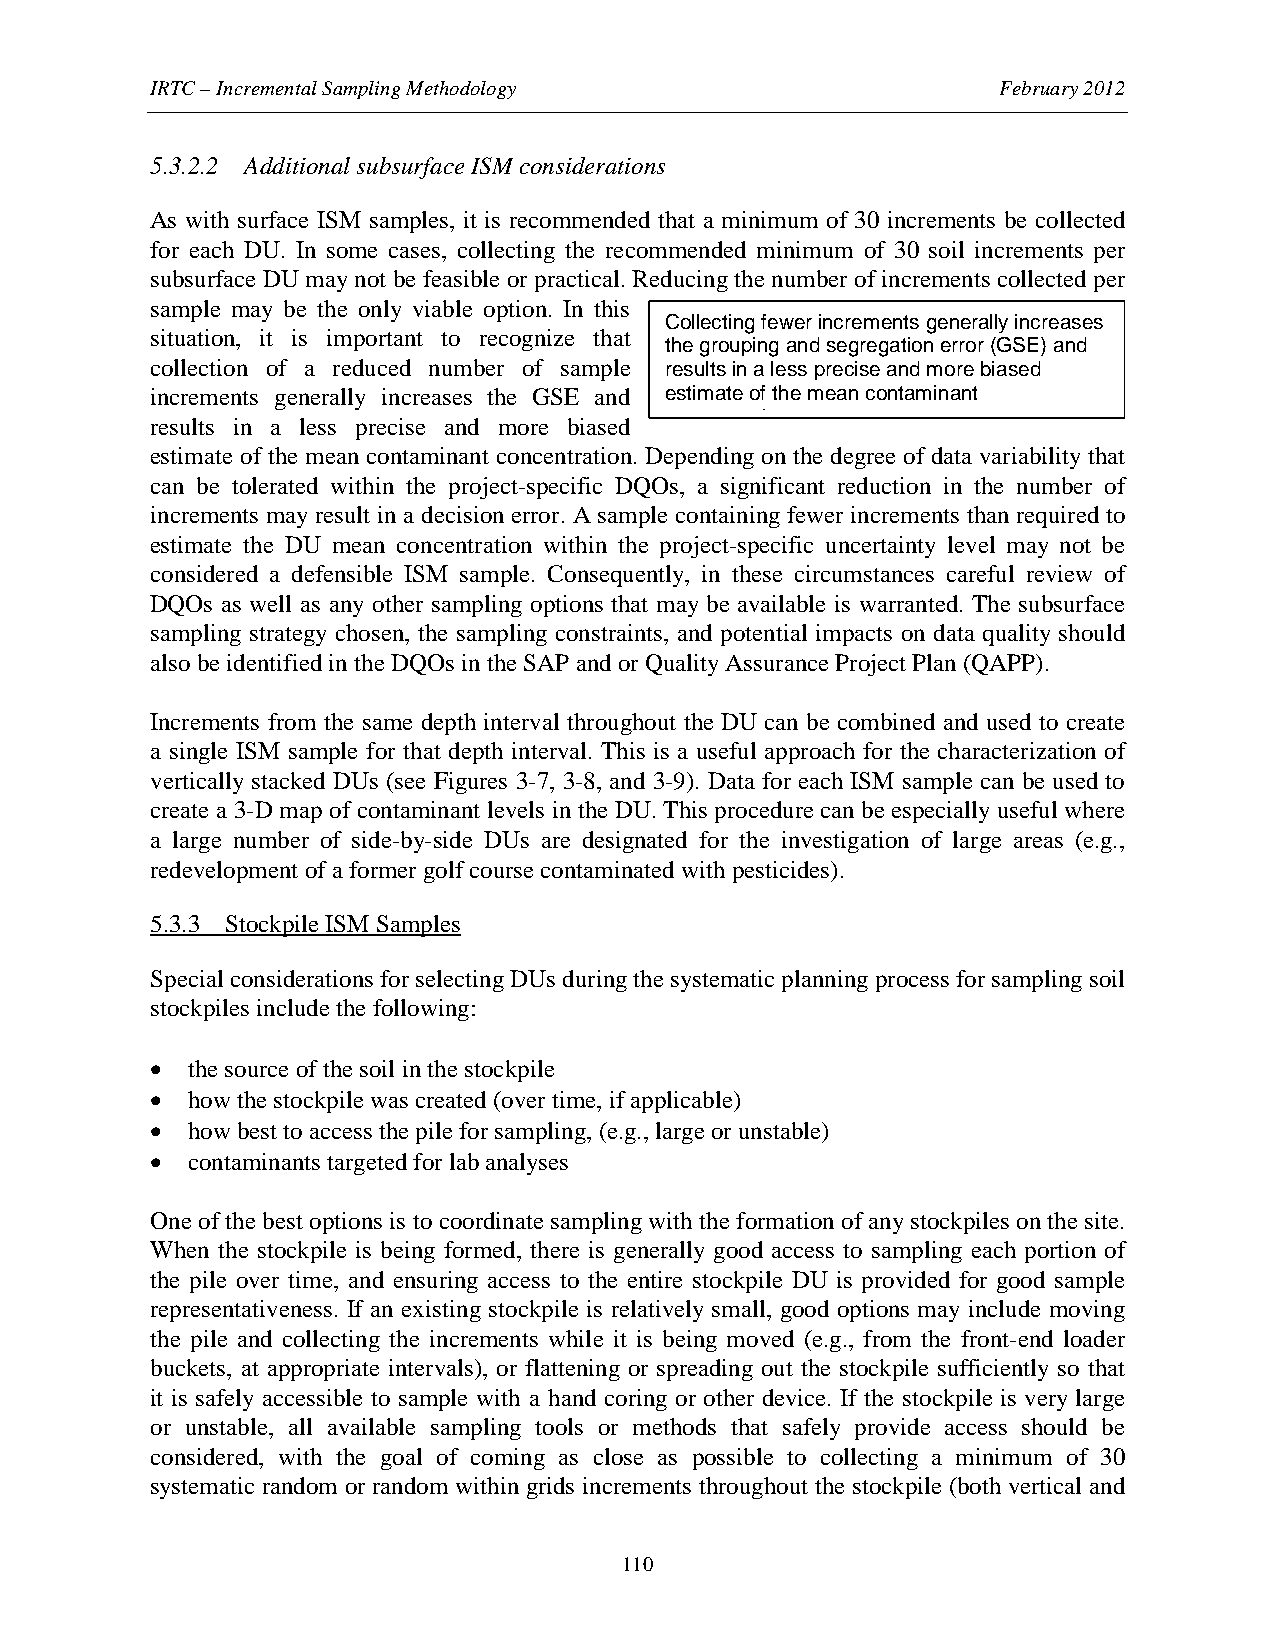
IRTC – Incremental Sampling Methodology                 February 2012
 5.3.2.2 Additional subsurface ISM considerations
 As with surface ISM samples, it is recommended that a minimum of 30 increments be collected
 for each DU. In some cases, collecting the recommended minimum of 30 soil increments per
 subsurface DU may not be feasible or practical. Reducing the number of increments collected per
 sample may be the only viable option. In this
 Collecting fewer increments generally increases
 situation, it is important to recognize that
 the grouping and segregation error (GSE) and
 collection of a reduced number of sample results in a less precise and more biased
 increments generally increases the GSE and estimate of the mean contaminant
 t ti
 results in a less precise and more biased
 estimate of the mean contaminant concentration. Depending on the degree of data variability that
 can be tolerated within the project-specific DQOs, a significant reduction in the number of
 increments may result in a decision error. A sample containing fewer increments than required to
 estimate the DU mean concentration within the project-specific uncertainty level may not be
 considered a defensible ISM sample. Consequently, in these circumstances careful review of
 DQOs as well as any other sampling options that may be available is warranted. The subsurface
 sampling strategy chosen, the sampling constraints, and potential impacts on data quality should
 also be identified in the DQOs in the SAP and or Quality Assurance Project Plan (QAPP).
 Increments from the same depth interval throughout the DU can be combined and used to create
 a single ISM sample for that depth interval. This is a useful approach for the characterization of
 vertically stacked DUs (see Figures 3-7, 3-8, and 3-9). Data for each ISM sample can be used to
 create a 3-D map of contaminant levels in the DU. This procedure can be especially useful where
 a large number of side-by-side DUs are designated for the investigation of large areas (e.g.,
 redevelopment of a former golf course contaminated with pesticides).
 5.3.3 Stockpile ISM Samples
 Special considerations for selecting DUs during the systematic planning process for sampling soil
 stockpiles include the following:
 • the source of the soil in the stockpile
 • how the stockpile was created (over time, if applicable)
 • how best to access the pile for sampling, (e.g., large or unstable)
 • contaminants targeted for lab analyses
 One of the best options is to coordinate sampling with the formation of any stockpiles on the site.
 When the stockpile is being formed, there is generally good access to sampling each portion of
 the pile over time, and ensuring access to the entire stockpile DU is provided for good sample
 representativeness. If an existing stockpile is relatively small, good options may include moving
 the pile and collecting the increments while it is being moved (e.g., from the front-end loader
 buckets, at appropriate intervals), or flattening or spreading out the stockpile sufficiently so that
 it is safely accessible to sample with a hand coring or other device. If the stockpile is very large
 or unstable, all available sampling tools or methods that safely provide access should be
 considered, with the goal of coming as close as possible to collecting a minimum of 30
 systematic random or random within grids increments throughout the stockpile (both vertical and
 110